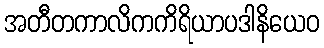
အတီတကာလိကကိရိယာပဒါနိယေဝ